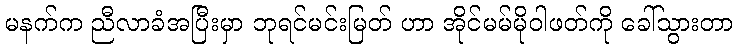
မနက်က ညီလာခံအပြီးမှာ ဘုရင်မင်းမြတ် ဟာ အိုင်မမ်မိုဝါဖတ်ကို ခေါ်သွားတာ